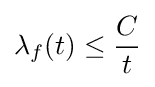
\lambda _{f}(t)\leq {\frac {C}{t}}